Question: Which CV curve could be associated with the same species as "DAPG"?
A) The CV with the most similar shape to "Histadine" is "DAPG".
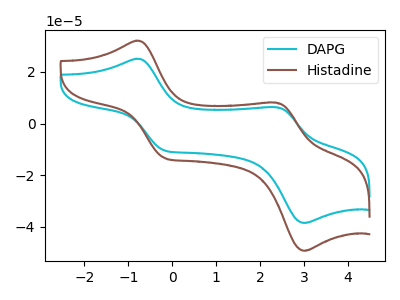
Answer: <think>The cyan curve "DAPG" has anodic peaks at (-0.85V, 25.10uA) (2.35V, 6.35uA) and cathodic peaks at (-0.20V, -10.40uA) (3.00V, -38.55uA). The brown curve "Histadine" has anodic peaks at (-0.85V, 32.10uA) (2.35V, 8.10uA) and cathodic peaks at (-0.20V, -13.30uA) (3.00V, -49.30uA).
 All the peaks in "DAPG" have a peak in "Histadine" at the same potential. Every peak in "DAPG" is lower than every peak in "Histadine".</think>
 <answer>A) The CV with the most similar shape to "Histadine" is "DAPG".</answer>
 <eval>A</eval>